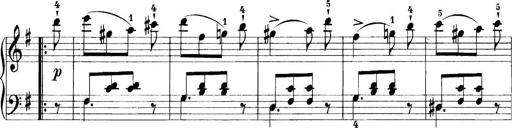
Title: 11 Sonatinas
Composer: Anton Diabelli